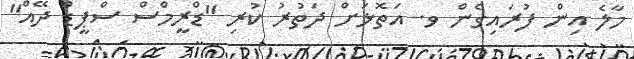
މާލެ އިން ފުރައިގެން ވ. އަތޮޅަށް ދަތުރު ކުރި "ޑްރީމްސް ސްޕީޑް ދޭއް"